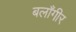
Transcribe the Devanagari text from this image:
बलाँगीर